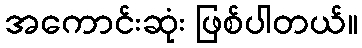
အကောင်းဆုံး ဖြစ်ပါတယ်။